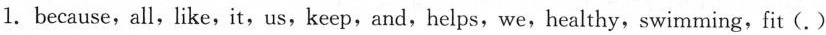
1.because,all,like,it,us,keep,and,helps,we,healthy,swimming,fit(.)